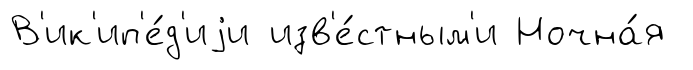
В'ик'ип'е́д'иjи изв'е́стным'и Ночна́я